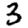
Digit: 3